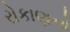
રોકાણનો